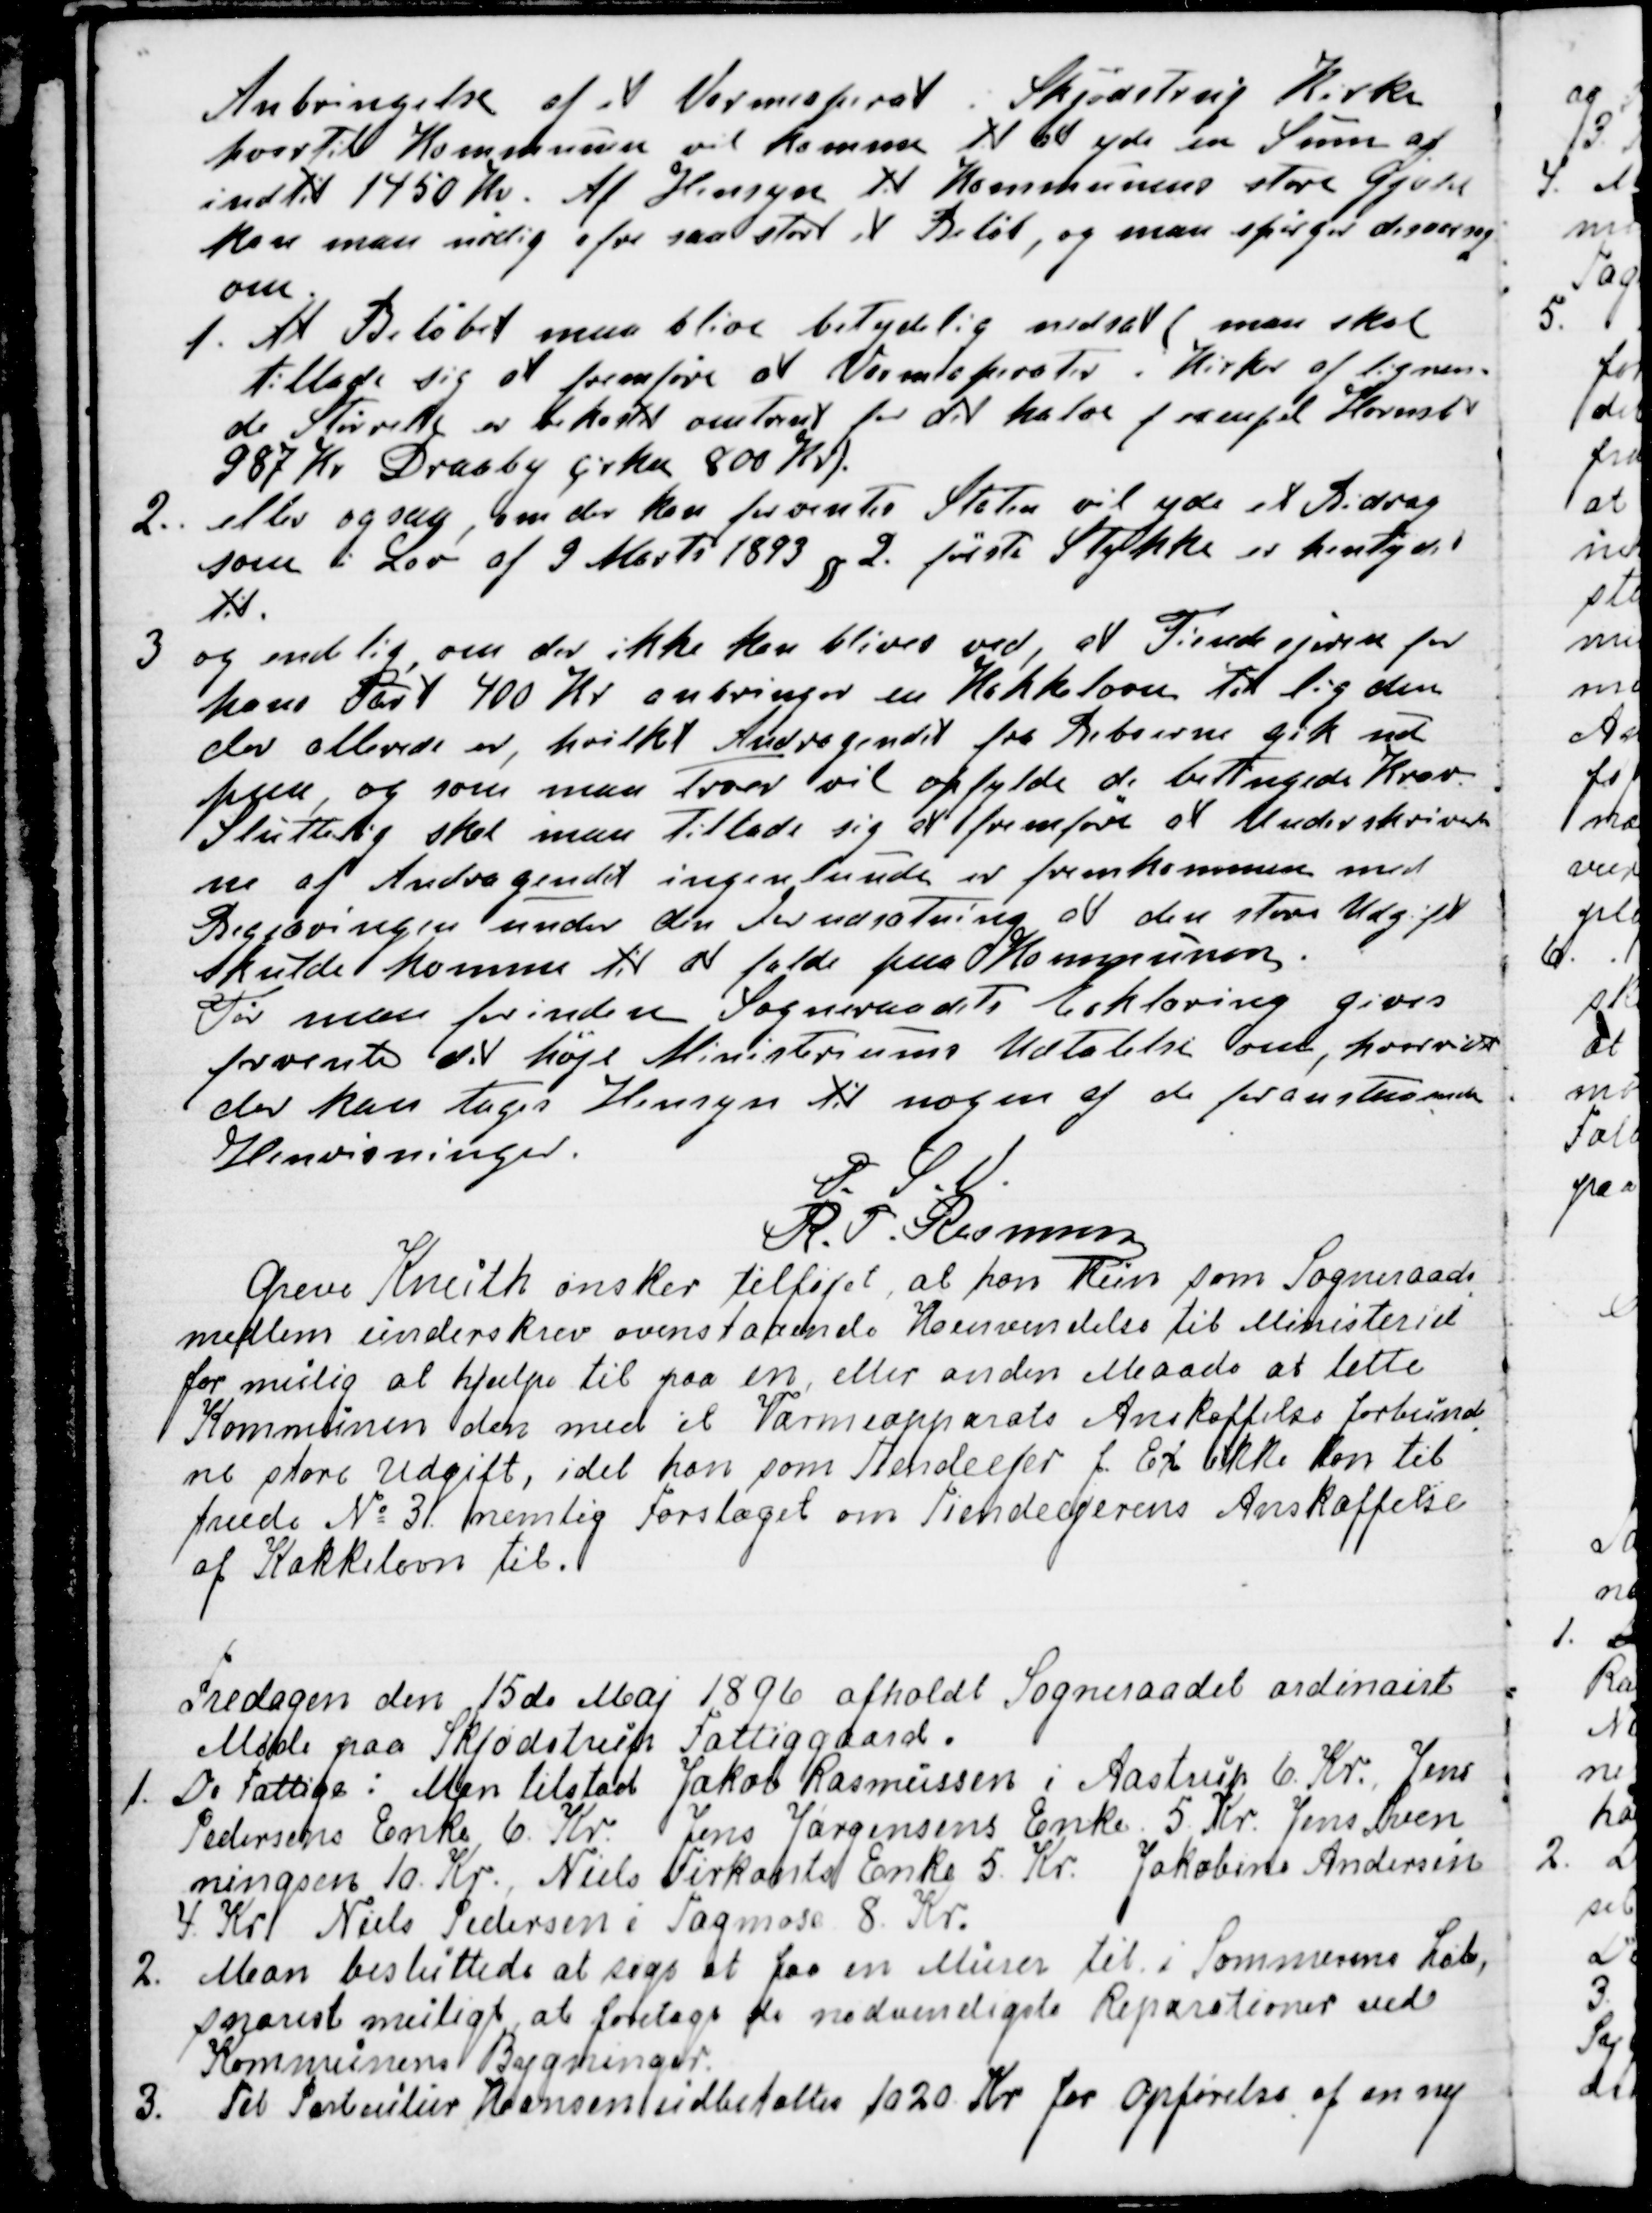
Transskription:
Anbringelse af et Varmeaperat i Skjødstrup Kirke
hvortil Kommunen vil komme til at yde en Sum af
indtil 1450 Kr. Af Hensyn til Kommunens store Gjæld
kan man nødig ofre saa stort et Beløb, og man spørger 
om.
1.  
At Beløbet maa blive betydelig nedsat ( man skal
tillade sig at fremføre at Varmeaperater i Kirker af lignen-
de Størrelse er bekostet omtrent for det halve f exempel Hornslet
987 Kr Draaby cirka 800 Kr).
2.. eller ogsaa, om der kan forventes Staten vil yde et Bidrag
som i Lov af 9 Marts 1893 § 2. første Stykke er hentydet
til.
3 og endelig, om der ikke kan blives ved, at Tiendeejerne for
hans Part 400 Kr anbringer en Kakkelovn til lig den
der allerede er, hvilket Andragendet fra Beboerne gik ud
paa, og som man Troer vil opfylde de betingede Krav.
Sluttelig skal man Tillade sig at fremføre at Underskriver
ne af Andragendet ingenlunde er fremkommen med
Begjæringen under den Forudsætning at den store Udgift
skulde komme til at falde paa Kommunen.
Tør man forinden Sogneraadets Erklæring gives
forvente det høje Ministeriums Udtalelse om, hvorvidt
der kan tages Hensyn til nogen af de foranstaaende
Henvisninger.
P. S. V.
R. P. Rasmusen
Greve Knuth ønsker tilføjet, at han som Sogneraads
-
medlem underskrev ovenstaaende Henvendelse til Ministeriet
for mulig at hjælpe til paa en eller anden Maade at lette
Kommunen den med et Varmeapparats Anskaffelse forbund
-
ne store Udgift, idet han som Tiendeejer f. Ex ikke kan til
træde № 3. nemlig Forslaget om Tiendeejerens Anskaffelse
af Kakkelovn til.

Fredagen den 15de Maj 1896 afholdt Sogneraadet ordinairt
Møde paa Skjødstrup Fattiggaard.
1. De Fattige: Man tilstod Jakob Rasmussen i Aastrup 6. Kr. Jens
Pedersens Enke 6. Kr. Jens Jørgensens Enke 5. Kr. Jens Sven
-
ningsen 10. Kr. Niels Firkants Enke 5. Kr. Jakobine Andersen
4. Kr Niels Pedersen i Tagmose 8. Kr.
2. Man besluttede at søge at faa en Murer til i Sommerens Løb,
snarest muligt at foretage de nødvendigste Reparationer ved
Kommunens Bygninger.
3. Til Particulier Hansen udbetaltes 1020. Kr for Opførelse af en ny